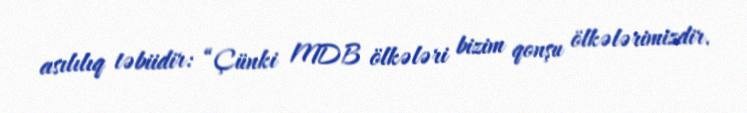
asılılıq təbiidir: “Çünki MDB ölkələri bizim qonşu ölkələrimizdir.